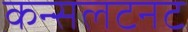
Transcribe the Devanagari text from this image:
कन्सलटनट